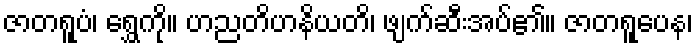
ဇာတရူပံ၊ ရွှေကို။ ဟညတိဟနိယတိ၊ ဖျက်ဆီးအပ်၏။ ဇာတရူပေန၊